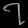
Digit: ၇